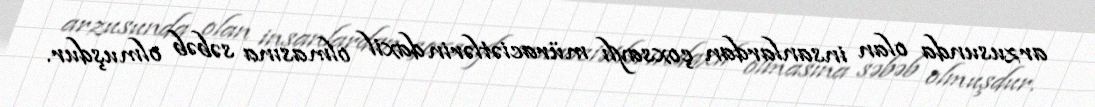
arzusunda olan insanlardan çoxsaylı müraciətlərin daxil olmasına səbəb olmuşdur.